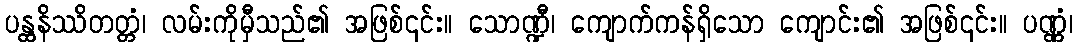
ပန္ထနိဿိတတ္တံ၊ လမ်းကိုမှီသည်၏ အဖြစ်၎င်း။ သောဏ္ဍီ၊ ကျောက်ကန်ရှိသော ကျောင်း၏ အဖြစ်၎င်း။ ပဏ္ဏံ၊